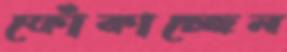
ফোঁকাচ্ছেন